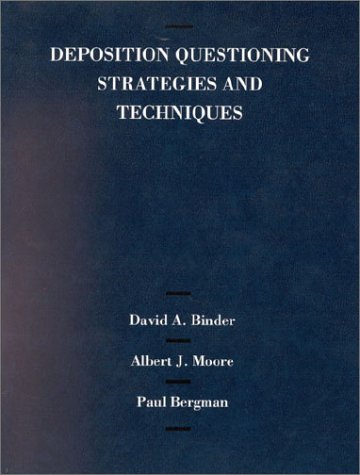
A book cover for Binder, Moore and Bergman's Deposition Questioning Strategies and Techniques (American Casebook Series); David A Binder; Law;